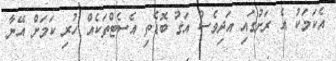
އެކަމަކު އެ ރަށުގައި އަދިވެސް އަގު ބޮޑެތި އެސެޓްތަކެއް ހުރި ކަމަށް އޭނާ